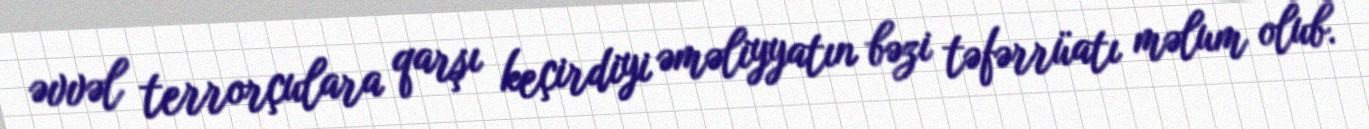
əvvəl terrorçulara qarşı keçirdiyi əməliyyatın bəzi təfərrüatı məlum olub.